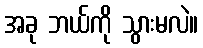
အခု ဘယ်ကို သွားမလဲ။